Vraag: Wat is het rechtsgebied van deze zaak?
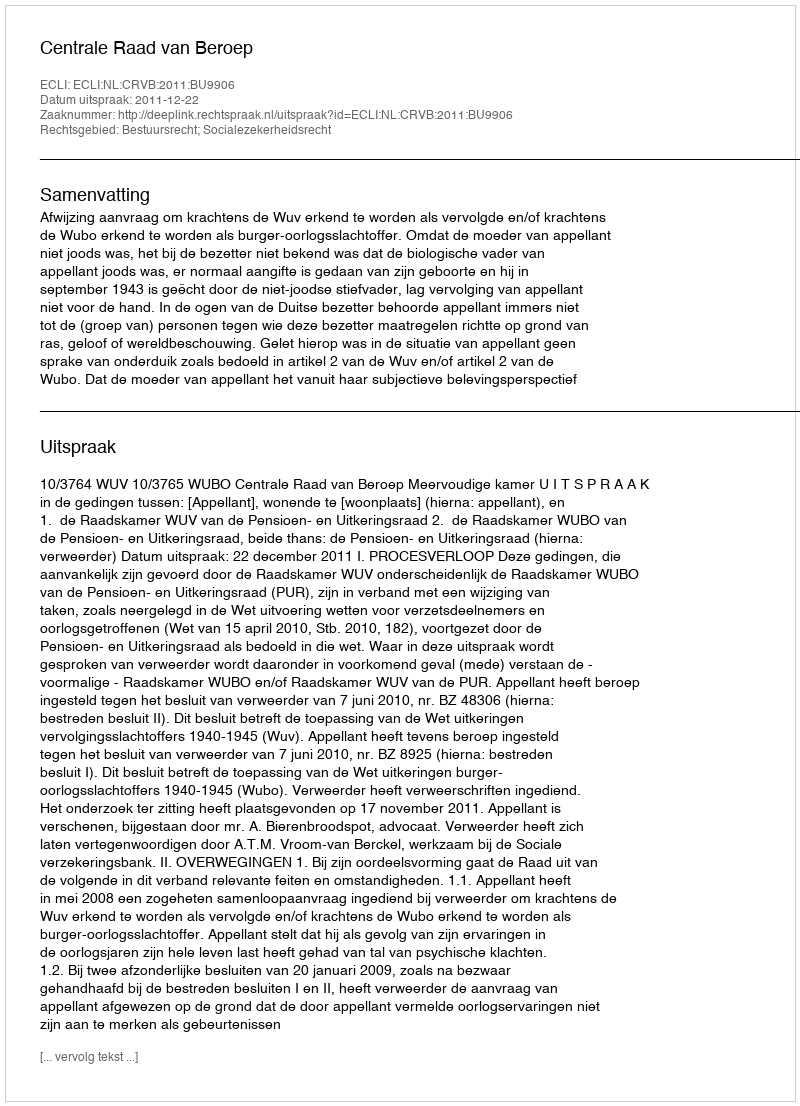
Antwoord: Bestuursrecht; Socialezekerheidsrecht